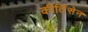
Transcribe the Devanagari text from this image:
कीर्तिसेन